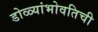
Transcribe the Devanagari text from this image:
डोळ्यांभोवतिची